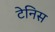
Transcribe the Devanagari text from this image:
टेनिस